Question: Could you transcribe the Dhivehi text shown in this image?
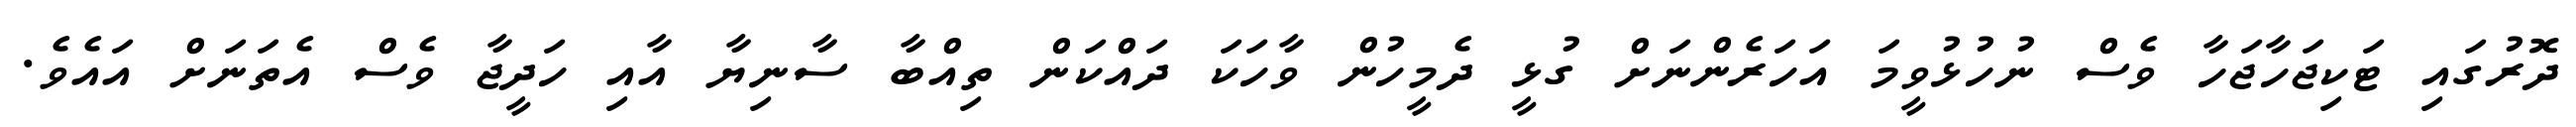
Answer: ދޮރުގައި ޓަކިޖަހާޖަހާ ވެސް ނުހުޅުވީމަ އަހަރެންނަށް ގުޅީ ދެމީހުން ވާހަކަ ދައްކަން ތިއްބާ ސާނިޔާ އާއި ހަދީޖާ ވެސް އެތަނަށް އައެވެ.